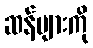
ဆန်များကို